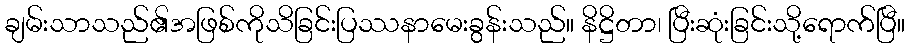
ချမ်းသာသည်၏အဖြစ်ကိုသိခြင်းပြဿနာမေးခွန်းသည်။ နိဋ္ဌိတာ၊ ပြီးဆုံးခြင်းသို့ရောက်ပြီ။